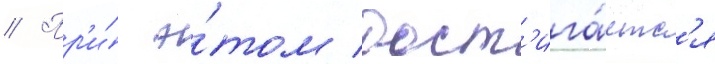
// Пр'и́ э́том дост'ига́етс'я